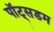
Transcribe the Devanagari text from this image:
पॉट्सडम